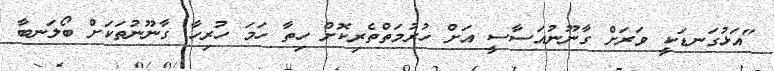
"އަޅުގަނޑަކީ ވަރަށް ގާނޫނުއަސާސީ އަށް ހުރުމަތްތެރިކޮށް ހިތާ ހަމަ ހުރިހާ ގާނޫނުތަކަށް ބޯލަނބާ